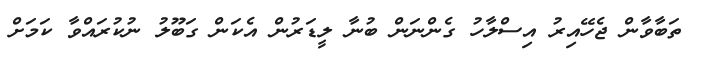
ތަބާވާން ޖެހޭއިރު އިސްލާހު ގެންނަން ބުނާ ލީޑަރުން އެކަން ގަބޫލު ނުކުރައްވާ ކަމަށް